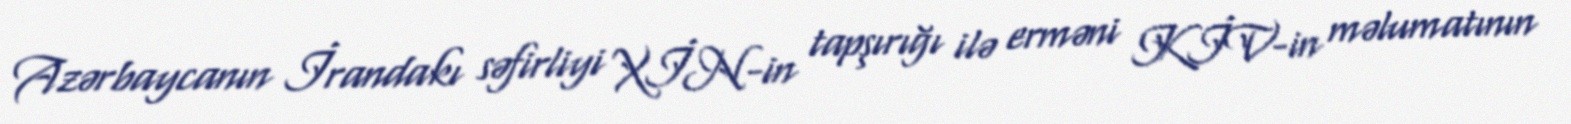
Azərbaycanın İrandakı səfirliyi XİN-in tapşırığı ilə erməni KİV-in məlumatının